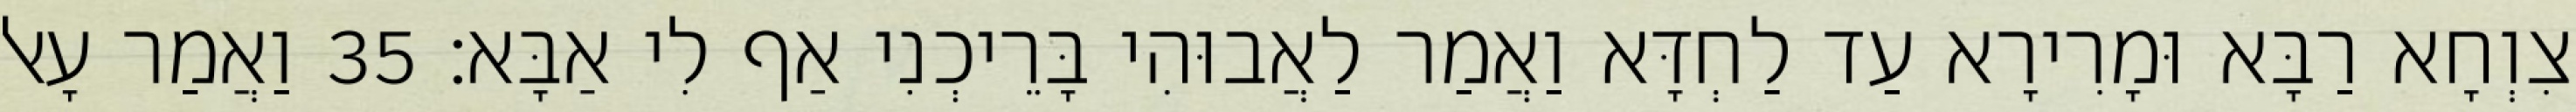
צִוְחָא רַבָּא וּמָרִירָא עַד לַחְדָּא וַאֲמַר לַאֲבוּהִי בָּרֵיכְנִי אַף לִי אַבָּא׃ 35 וַאֲמַר עָאל